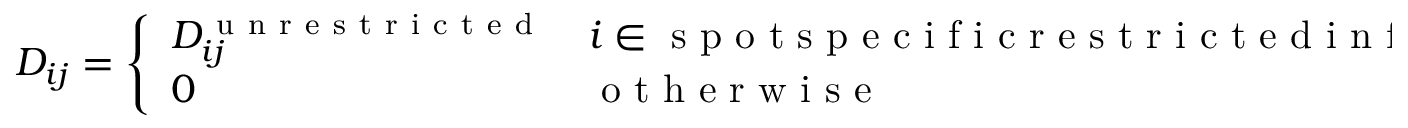
D _ { i j } = \left\{ \begin{array} { l l } { D _ { i j } ^ { \mathrm { ~ u ~ n ~ r ~ e ~ s ~ t ~ r ~ i ~ c ~ t ~ e ~ d ~ } } } & { i \in \mathrm { ~ s ~ p ~ o ~ t ~ s ~ p ~ e ~ c ~ i ~ f ~ i ~ c ~ r ~ e ~ s ~ t ~ r ~ i ~ c ~ t ~ e ~ d ~ i ~ n ~ f ~ l ~ u ~ e ~ n ~ c ~ e ~ g ~ r ~ i ~ d ~ } } \\ { 0 } & { \mathrm { ~ o ~ t ~ h ~ e ~ r ~ w ~ i ~ s ~ e ~ } } \end{array} \right.